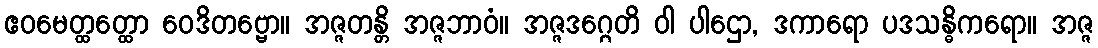
ဧဝမေတ္ထတ္ထော ဝေဒိတဗ္ဗော။ အဇ္ဇတန္တိ အဇ္ဇဘာဝံ။ အဇ္ဇဒဂ္ဂေတိ ဝါ ပါဌော, ဒကာရော ပဒသန္ဓိကရော။ အဇ္ဇ